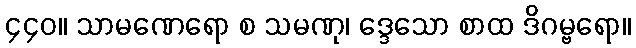
၄၄၀။ သာမဏေရော စ သမဏု၊ ဒ္ဒေသော စာထ ဒိဂမ္ဗရော။